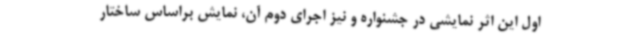
اول این اثر نمایشی در جشنواره و نیز اجرای دوم آن، نمایش براساس ساختار